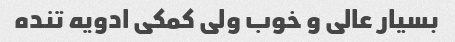
بسیار عالی و خوب ولی کمکی ادویه تنده